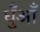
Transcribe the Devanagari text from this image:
धुँआँ